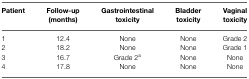
<table><thead><tr><td><b>Patient</b></td><td><b>Follow-up (months)</b></td><td><b>Gastrointestinal toxicity</b></td><td><b>Bladder toxicity</b></td><td><b>Vaginal toxicity</b></td></tr></thead><tbody><tr><td>1</td><td>12.4</td><td>None</td><td>None</td><td>Grade 2</td></tr><tr><td>2</td><td>18.2</td><td>None</td><td>None</td><td>Grade 1</td></tr><tr><td>3</td><td>16.7</td><td>Grade 2<sup>a</sup></td><td>None</td><td>None</td></tr><tr><td>4</td><td>17.8</td><td>None</td><td>None</td><td>None</td></tr></tbody></table>